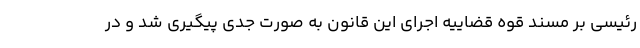
رئیسی بر مسند قوه قضاییه اجرای این قانون به صورت جدی پیگیری شد و در